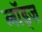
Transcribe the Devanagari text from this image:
लॉड्ज़